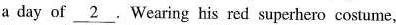
a day of \underline{2} . Wearing his red superhero costume,